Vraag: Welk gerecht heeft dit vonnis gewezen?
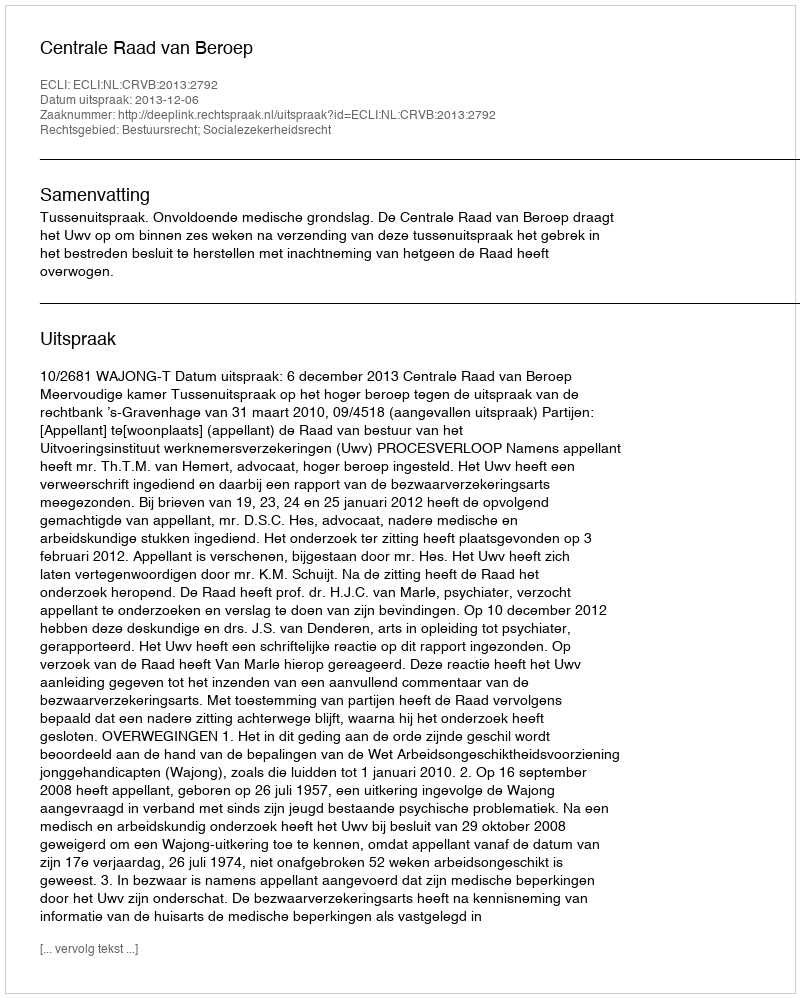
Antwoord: Centrale Raad van Beroep